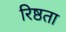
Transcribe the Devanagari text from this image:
रिष्ठता